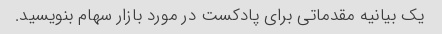
یک بیانیه مقدماتی برای پادکست در مورد بازار سهام بنویسید.